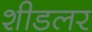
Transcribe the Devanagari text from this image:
शीडलर